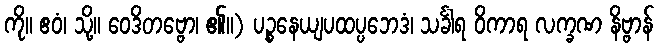
ကို။ ဧဝံ၊ သို့။ ဝေဒိတဗ္ဗော၊ ၏။) ပဉ္စနေယျပထပ္ပဘေဒံ၊ သင်္ခါရ ဝိကာရ လက္ခဏ နိဗ္ဗာန်